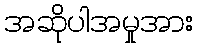
အဆိုပါအမှုအား